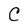
Character: C